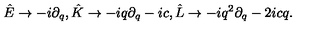
\hat { E } \rightarrow - i \partial _ { q } , \hat { K } \rightarrow - i q \partial _ { q } - i c , \hat { L } \rightarrow - i q ^ { 2 } \partial _ { q } - 2 i c q .